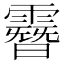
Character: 𩅨